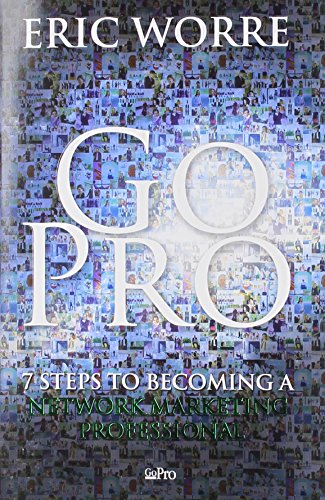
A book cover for Go Pro: 7 Steps to Becoming a Network Marketing Professional; Eric Worre; Business & Money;